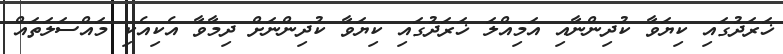
ޚަރަދުގައި ކިޔަވާ ކުދިންނާއި އަމިއްލަ ޚަރަދުގައި ކިޔަވާ ކުދިންނަށް ދިމާވާ އެކިއެކި މައްސަލަތައް